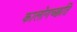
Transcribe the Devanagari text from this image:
कालोगच्छति